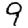
Digit: 9